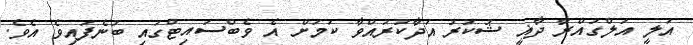
އަލީ އަލްގުއްރާ ދާޣީ ޝުކުރު އަދާކުރައްވާ ކަމަށް އެ ވެބްސައިޓްގައި ބުނެފައިވެ އެވެ.